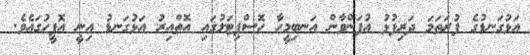
އަޅުގަނޑުގެ ފުރަތަމަ ދަރިފުޅު އުފަންވާން އަނބިމީހާ ހޮސްޕިޓަލުގައިި އޮތްއިރު އަޅުގަނޑު އިނީ އޮފީހުގައެވެ.